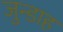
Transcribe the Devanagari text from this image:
जुन्डाह